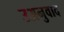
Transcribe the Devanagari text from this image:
उअनुवाद